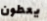
يعطون